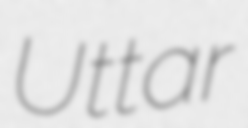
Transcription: Uttar